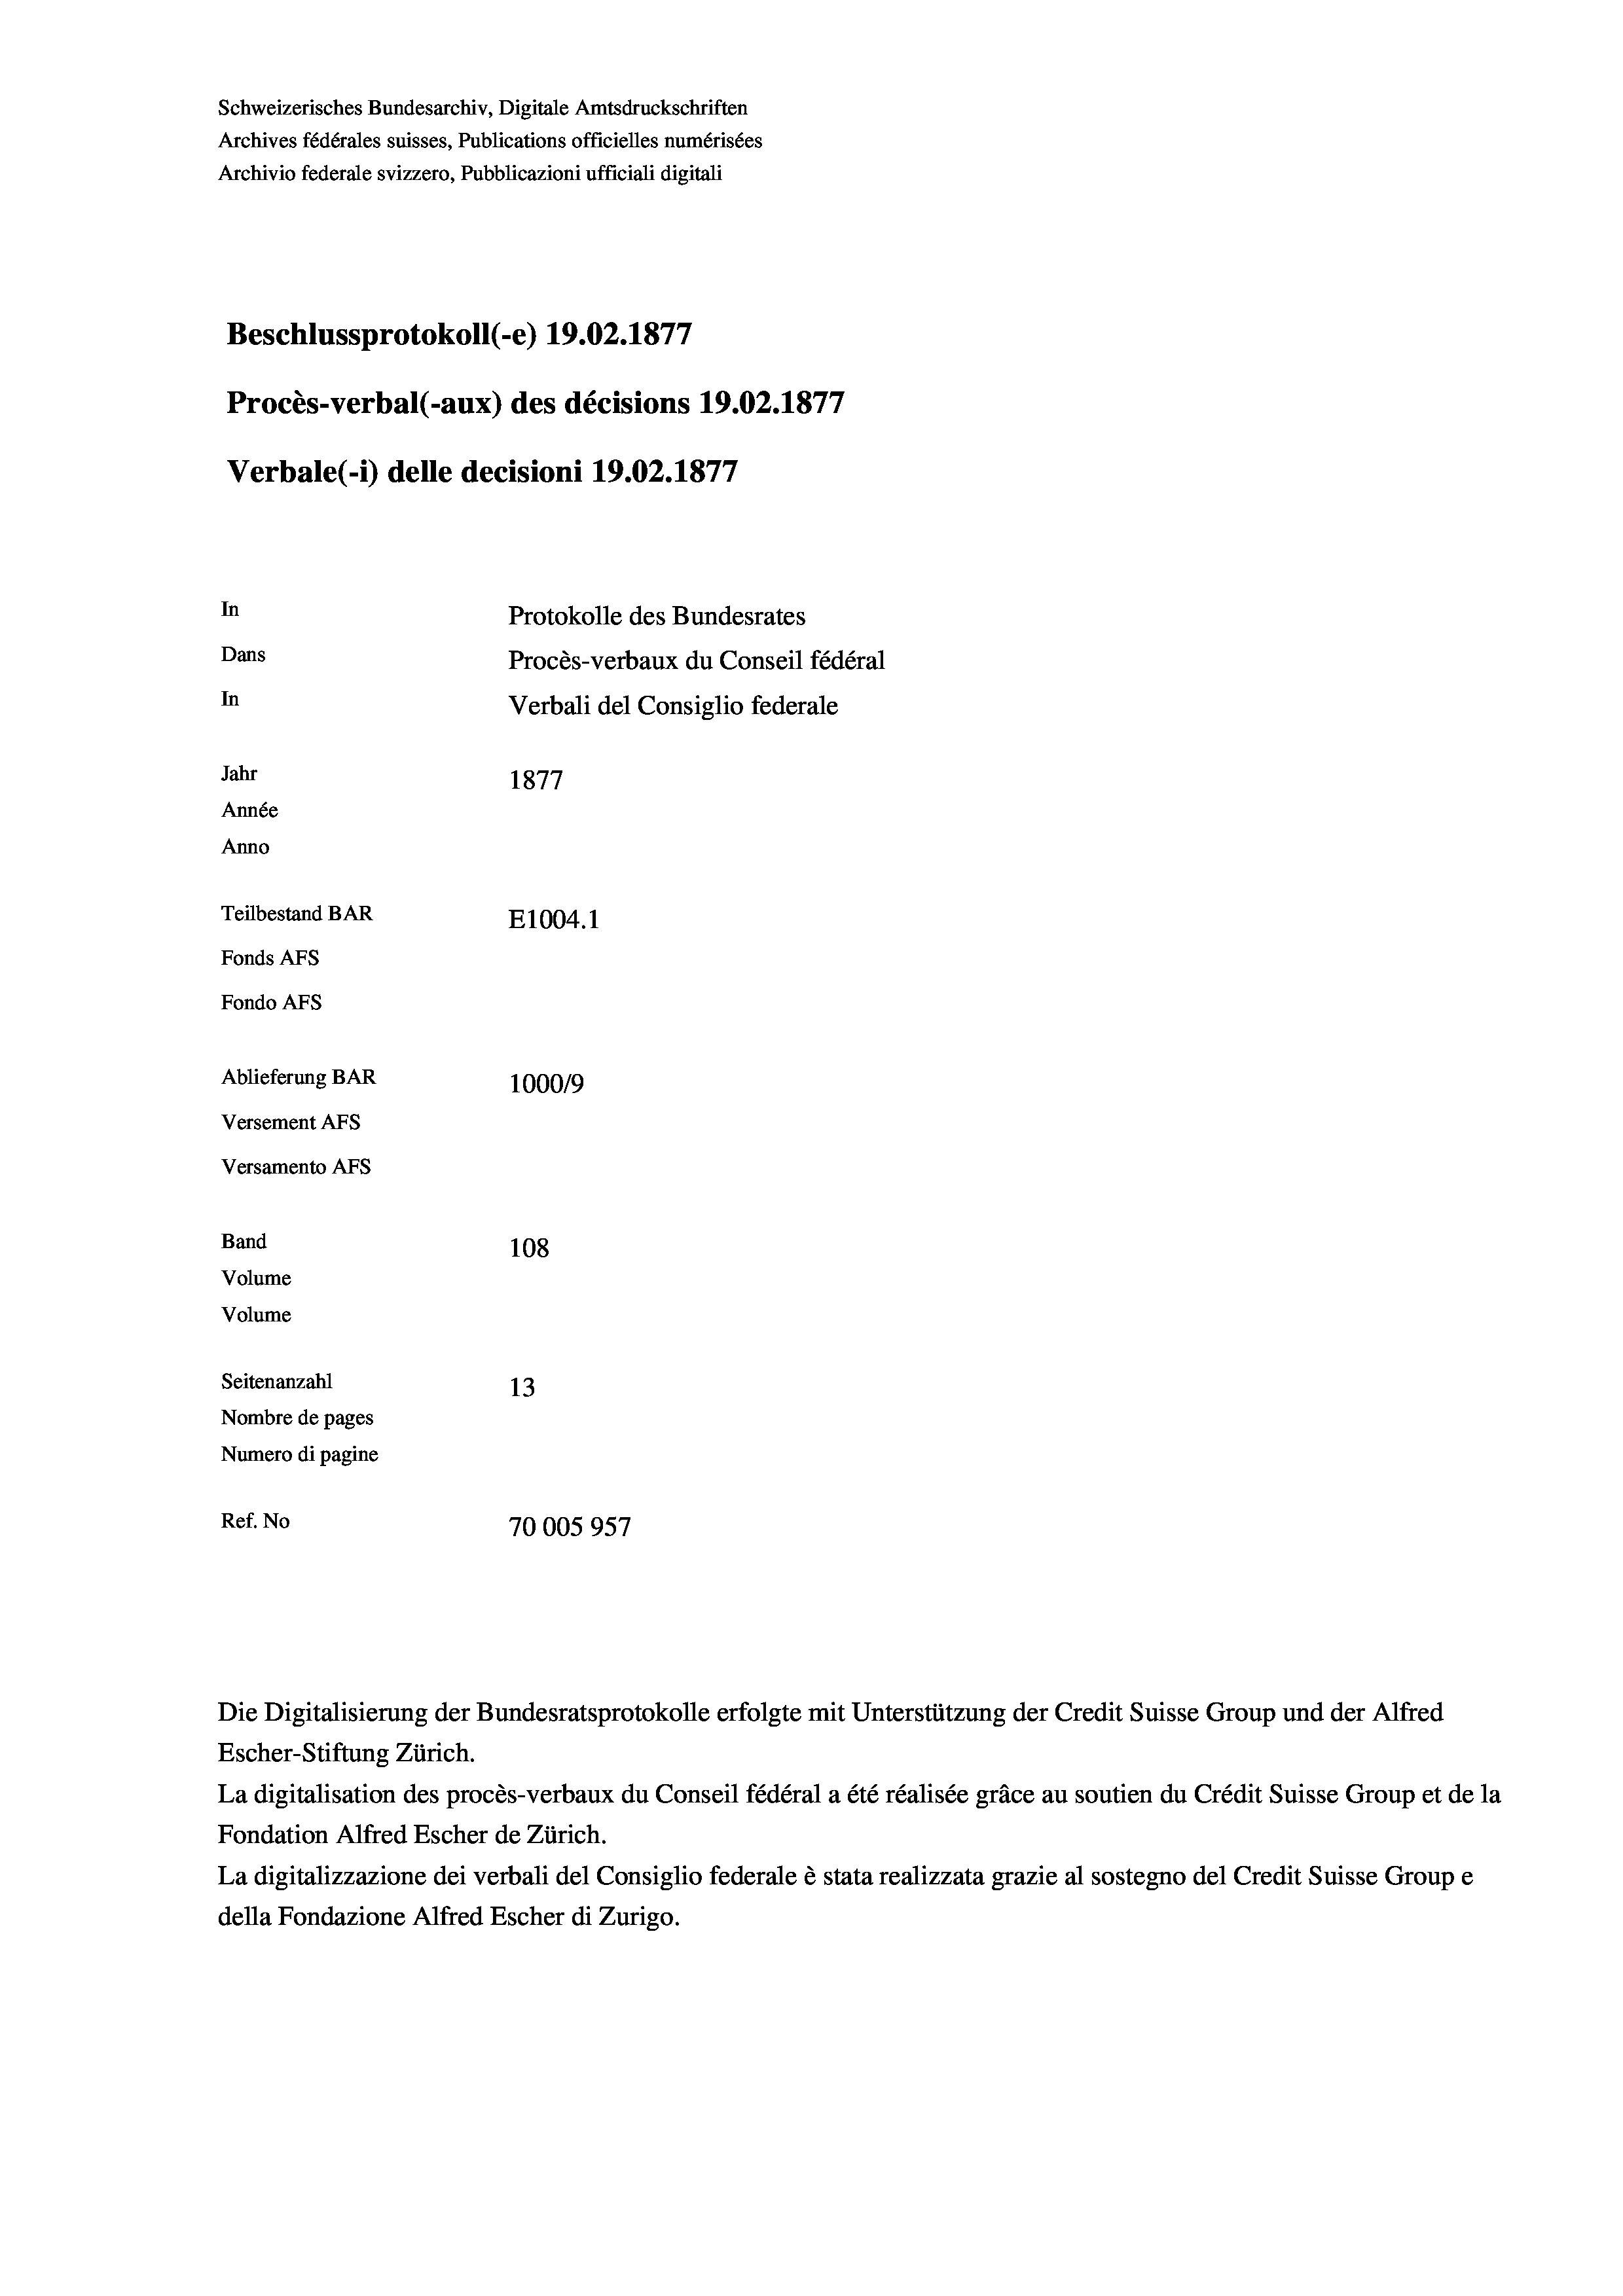
Schweizerisches Bundesarchiv, Digitale Amtsdruckschriften
Archives fédérales suisses, Publications officielles numérisées
Archivio federale svizzero, Pubblicazioni ufficiali digitali
Beschlussprotokoll (-e) 19.02. 1877
Procès-verbal (-aux) des décisions 19.02. 1877
Verbale(-*) delle decisioni 19.02. 1877
In
Protokolle des Bundesrates
Dans
Procès-verbaux du Conseil fédéral
In
Verbali del Consiglio federale
Jahr
1877
Année
Anno
Teilbestand BAR
E1004. 1
Fonds Afs
Fondo AFs
Ablieferung BAR
1000/9
Versement Abs
Versamento Afs

Band
Volume
Volume

108
Seitenanzahl
13
Nombre de pages
Numero di pagine
Ref. No
70005957

e

Escher-Stiftung Zürich.
La digitalisation des procès-verbaux du Conseil fédéral a été réalisée gräce au soutien du Crédit Suisse Group et de la
Fondation Alfred Escher de Zürich.
La digitalizzazione dei verbali del Consiglio federale è stata realizzata grazie al sostegno del Credit Suisse Groupe
della Fondazione Alfred Escher di Zurigo.

Die Digitalisierung der Bundesratsprotokolle erfolgte mit Unterstützung der Credit Suisse Group und der Alfred